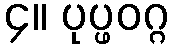
၄။ ပုပ္ဖဝဂ္ဂ